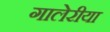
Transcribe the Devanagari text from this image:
गालेरीया